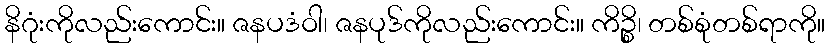
နိဂုံးကိုလည်းကောင်း။ ဇနပဒံဝါ၊ ဇနပုဒ်ကိုလည်းကောင်း။ ကိဉ္စိ၊ တစ်စုံတစ်ရာကို။